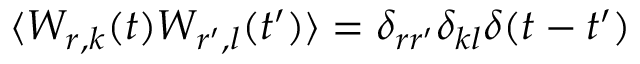
\langle W _ { r , k } ( t ) W _ { r ^ { \prime } , l } ( t ^ { \prime } ) \rangle = \delta _ { r r ^ { \prime } } \delta _ { k l } \delta ( t - t ^ { \prime } )